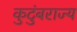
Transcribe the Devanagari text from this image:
कुटुंबराज्य